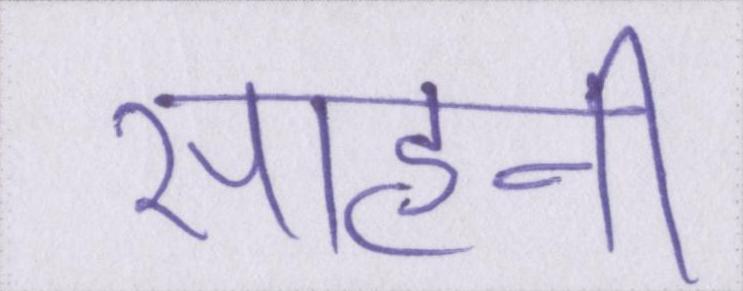
साहनी